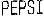
PEPSI